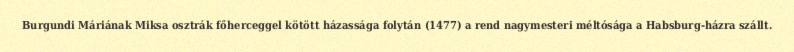
Burgundi Máriának Miksa osztrák főherceggel kötött házassága folytán (1477) a rend nagymesteri méltósága a Habsburg-házra szállt.